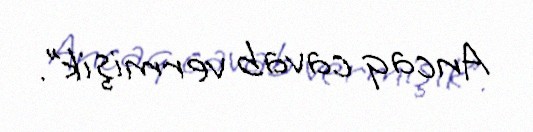
Ancaq cavab vermişik”.